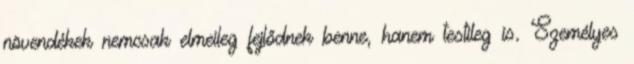
növendékek nemcsak elmeileg fejlődnek benne, hanem testileg is. Személyes